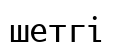
шетгі